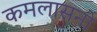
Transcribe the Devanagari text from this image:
कमलासनो